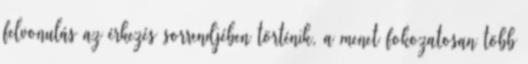
felvonulás az érkezés sorrendjében történik, a menet fokozatosan több